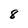
Character: 8